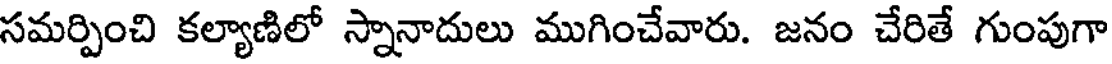
సమర్పించి కల్యాణిలో స్నానాదులు ముగించేవారు. జనం చేరితే గుంపుగా